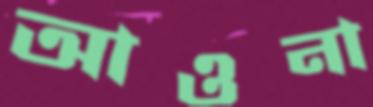
আওনা